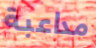
مداعبة